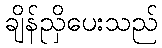
ချိန်ညှိပေးသည်